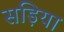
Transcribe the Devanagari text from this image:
सड़िया